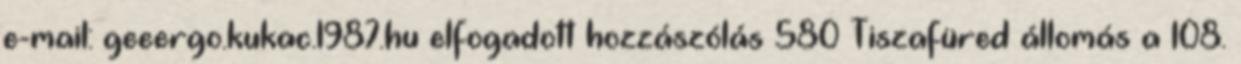
e-mail: geeergo.kukac.1987.hu elfogadott hozzászólás 580 Tiszafüred állomás a 108.